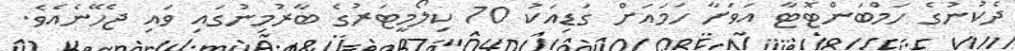
ދެކުނުގެ ހަމްބަންޓޮޓާ އަވަށާ ހަމައަށް ގަޑިއަކު 70 ކިލޯމީޓަރުގެ ބާރުމިނުގައި ވައި ޖެހޭނެއެވެ.